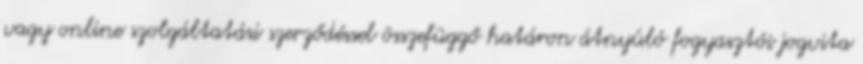
vagy online szolgáltatási szerződéssel összefüggő határon átnyúló fogyasztói jogvita